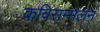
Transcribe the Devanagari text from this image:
कविसम्मेलन